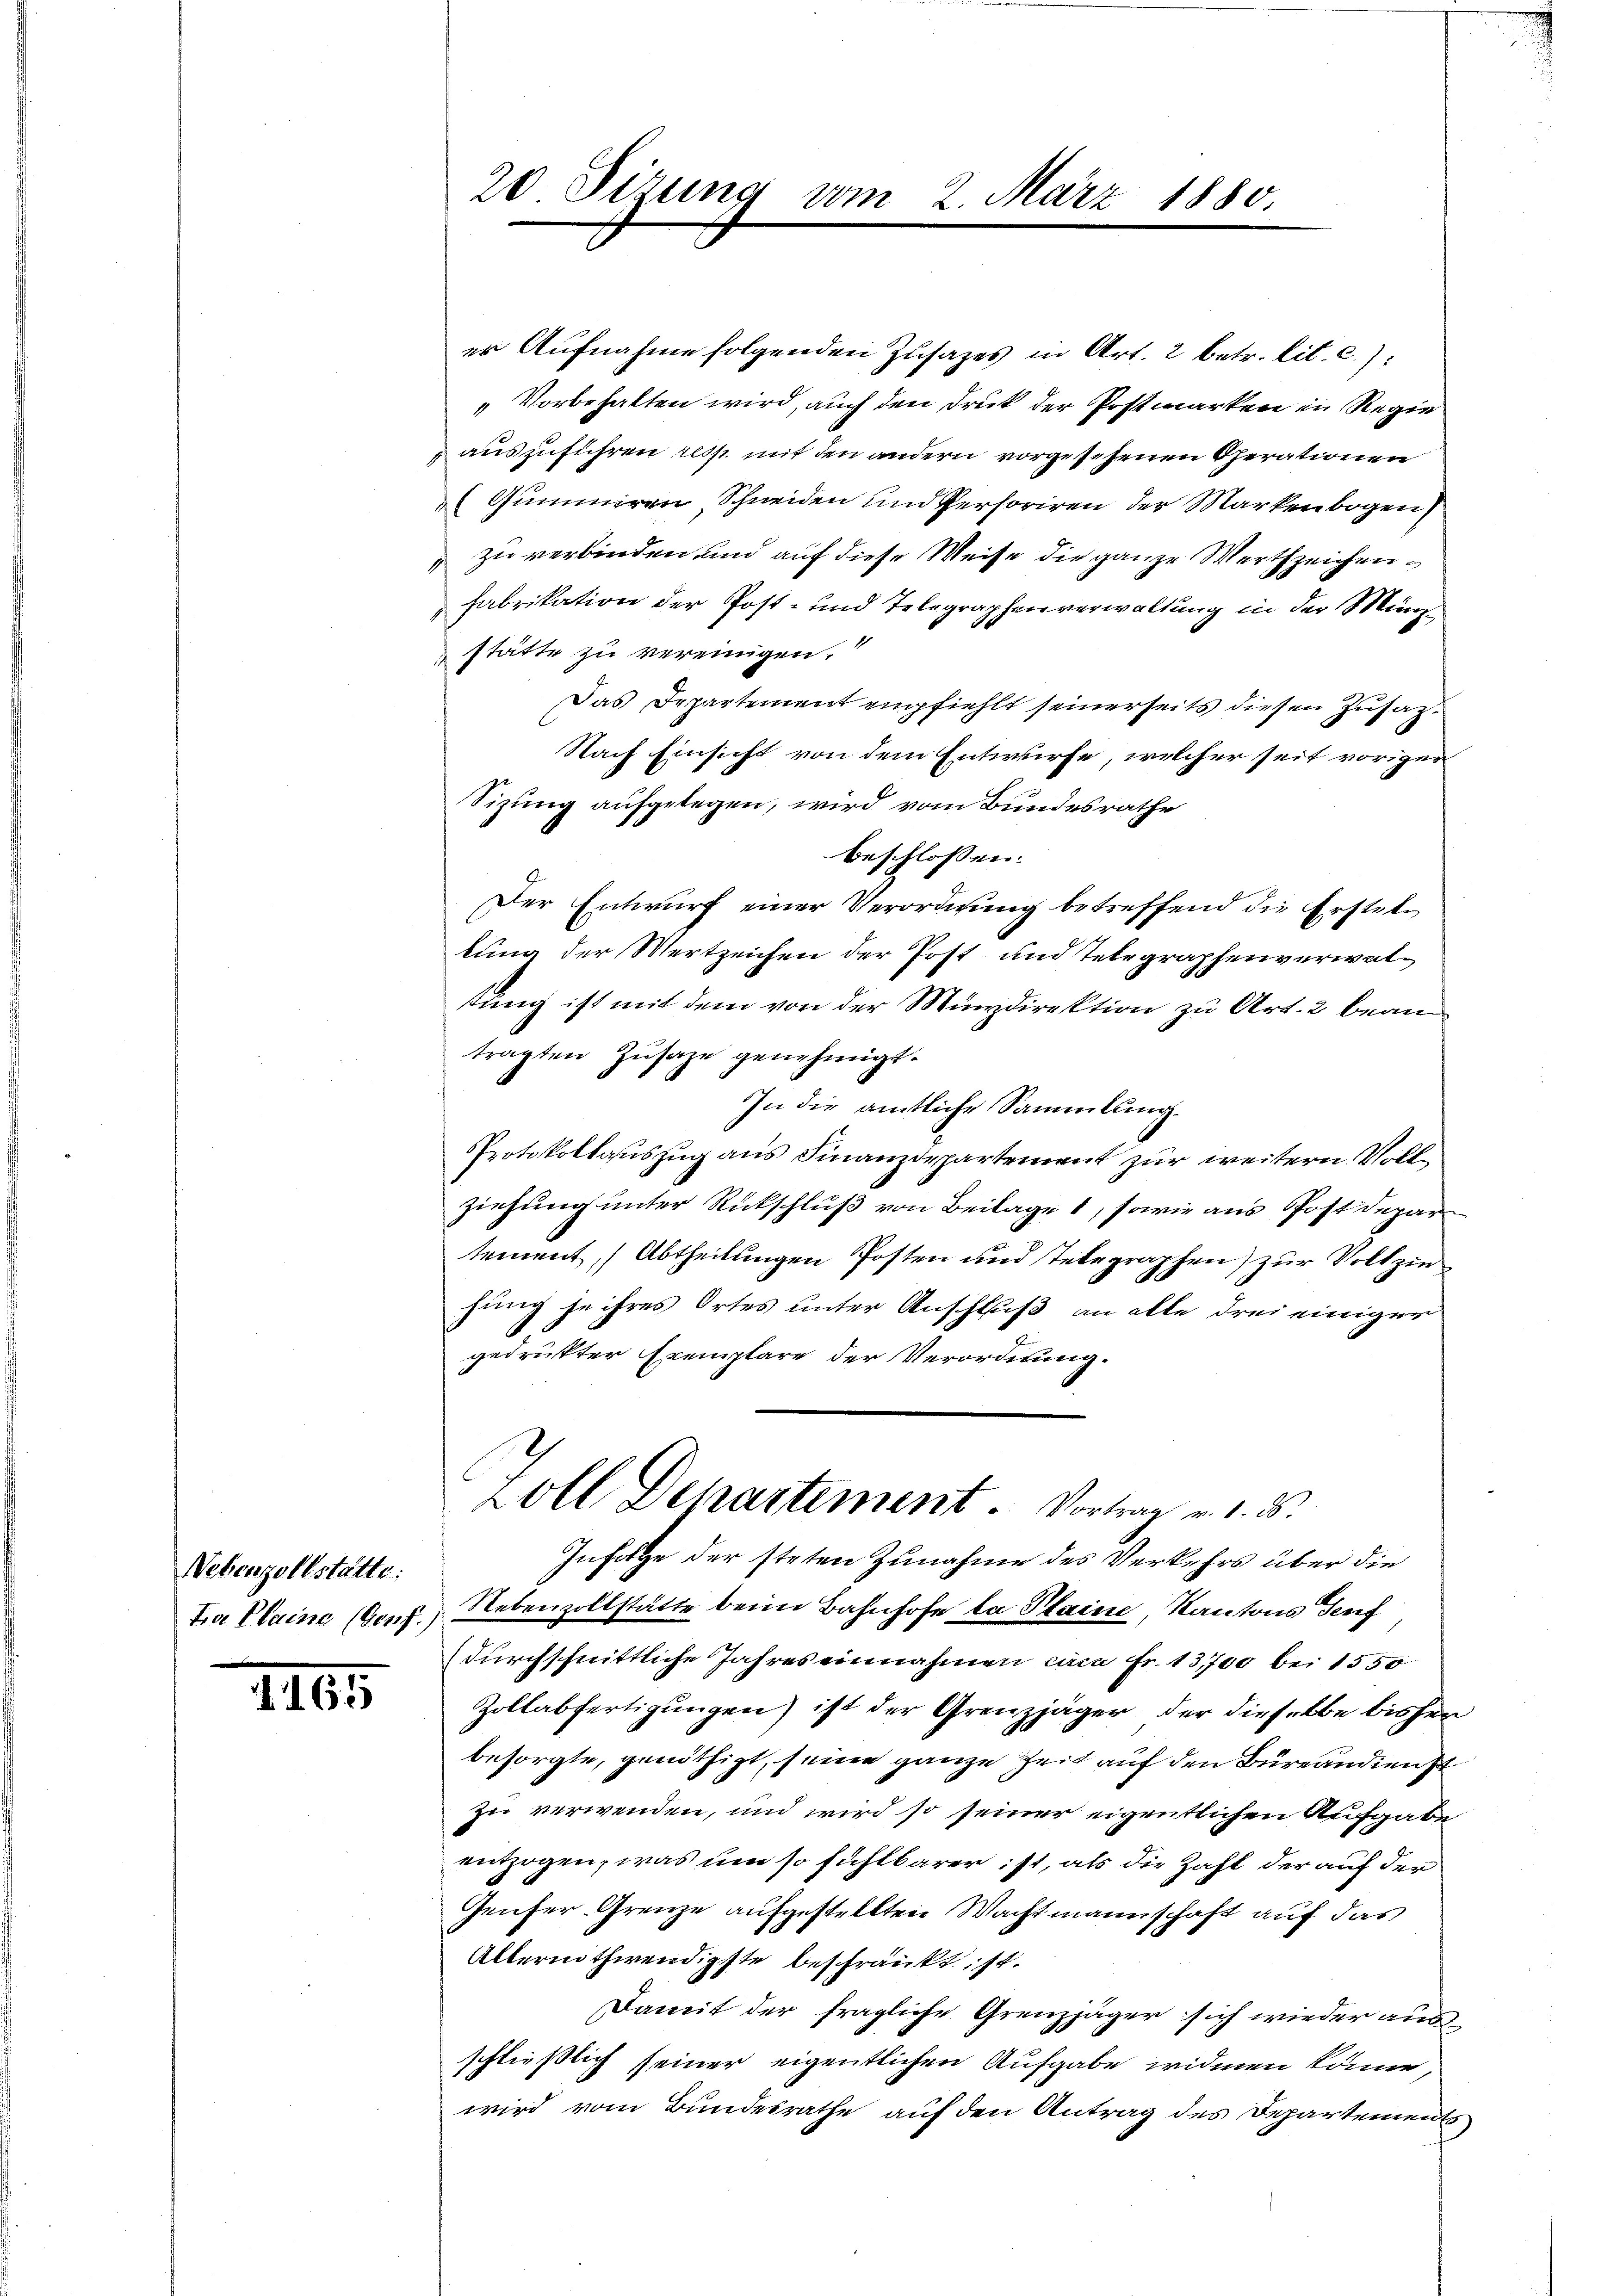
Nebenzollstatte:
tra Plaine (Genf.)

. 165

20. Sizung vom

er Aufnahme folgenden Zusatzes in Art. 2 betr. lit. C.):
"Vorbehalten wird, auch den Druk der Postmarken in Regie
auszuführen desst mit den andern vorgesehenen Pferationen
(Gummiren Schneiden und Persoriren der Markenbogen
" zu verbinden und auf diese Weise die ganze Werth zeichen¬
Fabrikation der Post- und Telegraphenverwaltung in der Münzstätte zu vereinigen.“
Das Departement empfiehlt seinerseits diesen Zusat¬
Nach Einsicht von dem Entwurfe, welcher seit vorigen
Sizung aufgelegen, wird vom Bundesrathe
beschlossen:
Der Entwurf einer Verordnung betreffend die Ersteltung der Wertzeichen der Post- und Telegraphenverwaltung ist mit dem von der Münzdirektion zu Art. 2 beantragten Zusage genehmigt.
In die amtliche Sammlung.
Protokollauszug aus Finanzdepartement zur weitere Vollziehung unter Rückschluß von Beilage 1, sowie aus Postdepar
tement, (Abtheilungen Posten und Telegraphen) zur Volk zin
fung je ihres Ortes unter Anschluß an alle drei einiger
gedrukter Exemplare der Verordnung.
Soll Departement. Vortrag v. 1. d.
Infolge der steten Zunahme des Verkehrs über die
Nebenzollstätte beim Bahnhofe la Staine Kantons Teuf
durchschnittliche Jahres einnahmen caca Fr. 13700 bei 1550
Zollabfertigungen) ist der Grenzjäger, der dieselbe bisher
besorgte, genöthigt, seine ganze Zeit auf den Büreandienst
zu verwenden, und wird so seiner eigentlichen Aufgabe
entzogen, was um so fühlbarer ist, als die Zahl der auf der
Genfer Grenze aufgestellten Wacht mannschaft auf das
Alternothwendigste beschränkt ist.
Damit der fragliche Grenzjäger sich wieder aus
schließlich seiner eigentlichen Aufgabe widmen könne,
wird vom Bundesrathe auf den Antrag des Departement

2. März 1880.